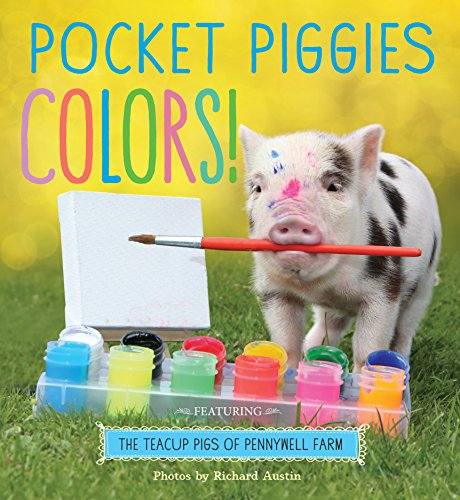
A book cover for Pocket Piggies Colors!: Featuring the Teacup Pigs of Pennywell Farm; Children's Books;